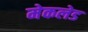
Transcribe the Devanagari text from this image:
मेकलेड